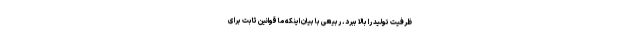
ظرفیت تولید را بالا ببرد. ربیعی با بیان اینکه ما قوانین ثابت برای